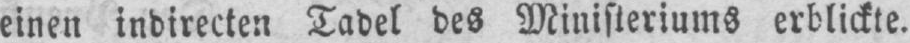
einen indirecten Tadel des Ministeriums erblickte.